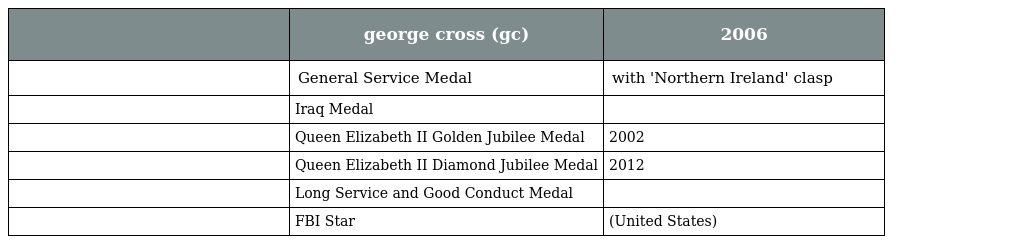
|  | george cross (gc) | 2006 |
 | --- | --- | --- |
 |  | General Service Medal | with 'Northern Ireland' clasp |
 |  | Iraq Medal |  |
 |  | Queen Elizabeth II Golden Jubilee Medal | 2002 |
 |  | Queen Elizabeth II Diamond Jubilee Medal | 2012 |
 |  | Long Service and Good Conduct Medal |  |
 |  | FBI Star | (United States) |